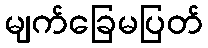
မျက်ခြေမပြတ်